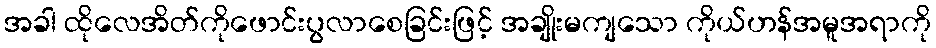
အခါ ထိုလေအိတ်ကိုဖောင်းပွလာစေခြင်းဖြင့် အချိုးမကျသော ကိုယ်ဟန်အမူအရာကို